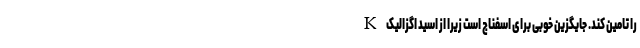
K را تامین کند. جایگزین خوبی برای اسفناج است زیرا از اسید اگزالیک